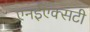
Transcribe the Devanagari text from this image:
एनईएक्सटी